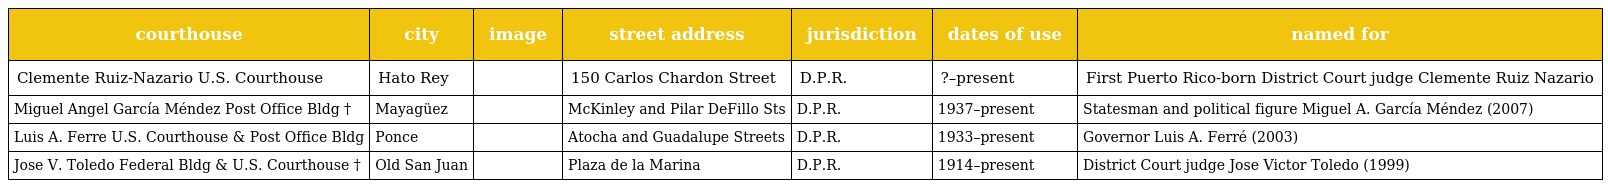
| courthouse | city | image | street address | jurisdiction | dates of use | named for |
 | --- | --- | --- | --- | --- | --- | --- |
 | Clemente Ruiz-Nazario U.S. Courthouse | Hato Rey |  | 150 Carlos Chardon Street | D.P.R. | ?–present | First Puerto Rico-born District Court judge Clemente Ruiz Nazario |
 | Miguel Angel García Méndez Post Office Bldg † | Mayagüez |  | McKinley and Pilar DeFillo Sts | D.P.R. | 1937–present | Statesman and political figure Miguel A. García Méndez (2007) |
 | Luis A. Ferre U.S. Courthouse & Post Office Bldg | Ponce |  | Atocha and Guadalupe Streets | D.P.R. | 1933–present | Governor Luis A. Ferré (2003) |
 | Jose V. Toledo Federal Bldg & U.S. Courthouse † | Old San Juan |  | Plaza de la Marina | D.P.R. | 1914–present | District Court judge Jose Victor Toledo (1999) |